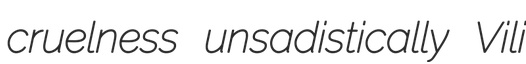
cruelness unsadistically Vili